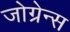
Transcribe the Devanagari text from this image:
जोग्रेन्स